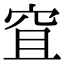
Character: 𥥐